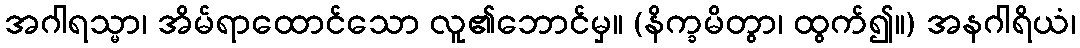
အဂါရသ္မာ၊ အိမ်ရာထောင်သော လူ၏ဘောင်မှ။ (နိက္ခမိတွာ၊ ထွက်၍။) အနဂါရိယံ၊